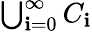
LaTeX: \textstyle\bigcup_{\mathbf{i}=0}^{\infty}C_{\mathbf{i}}